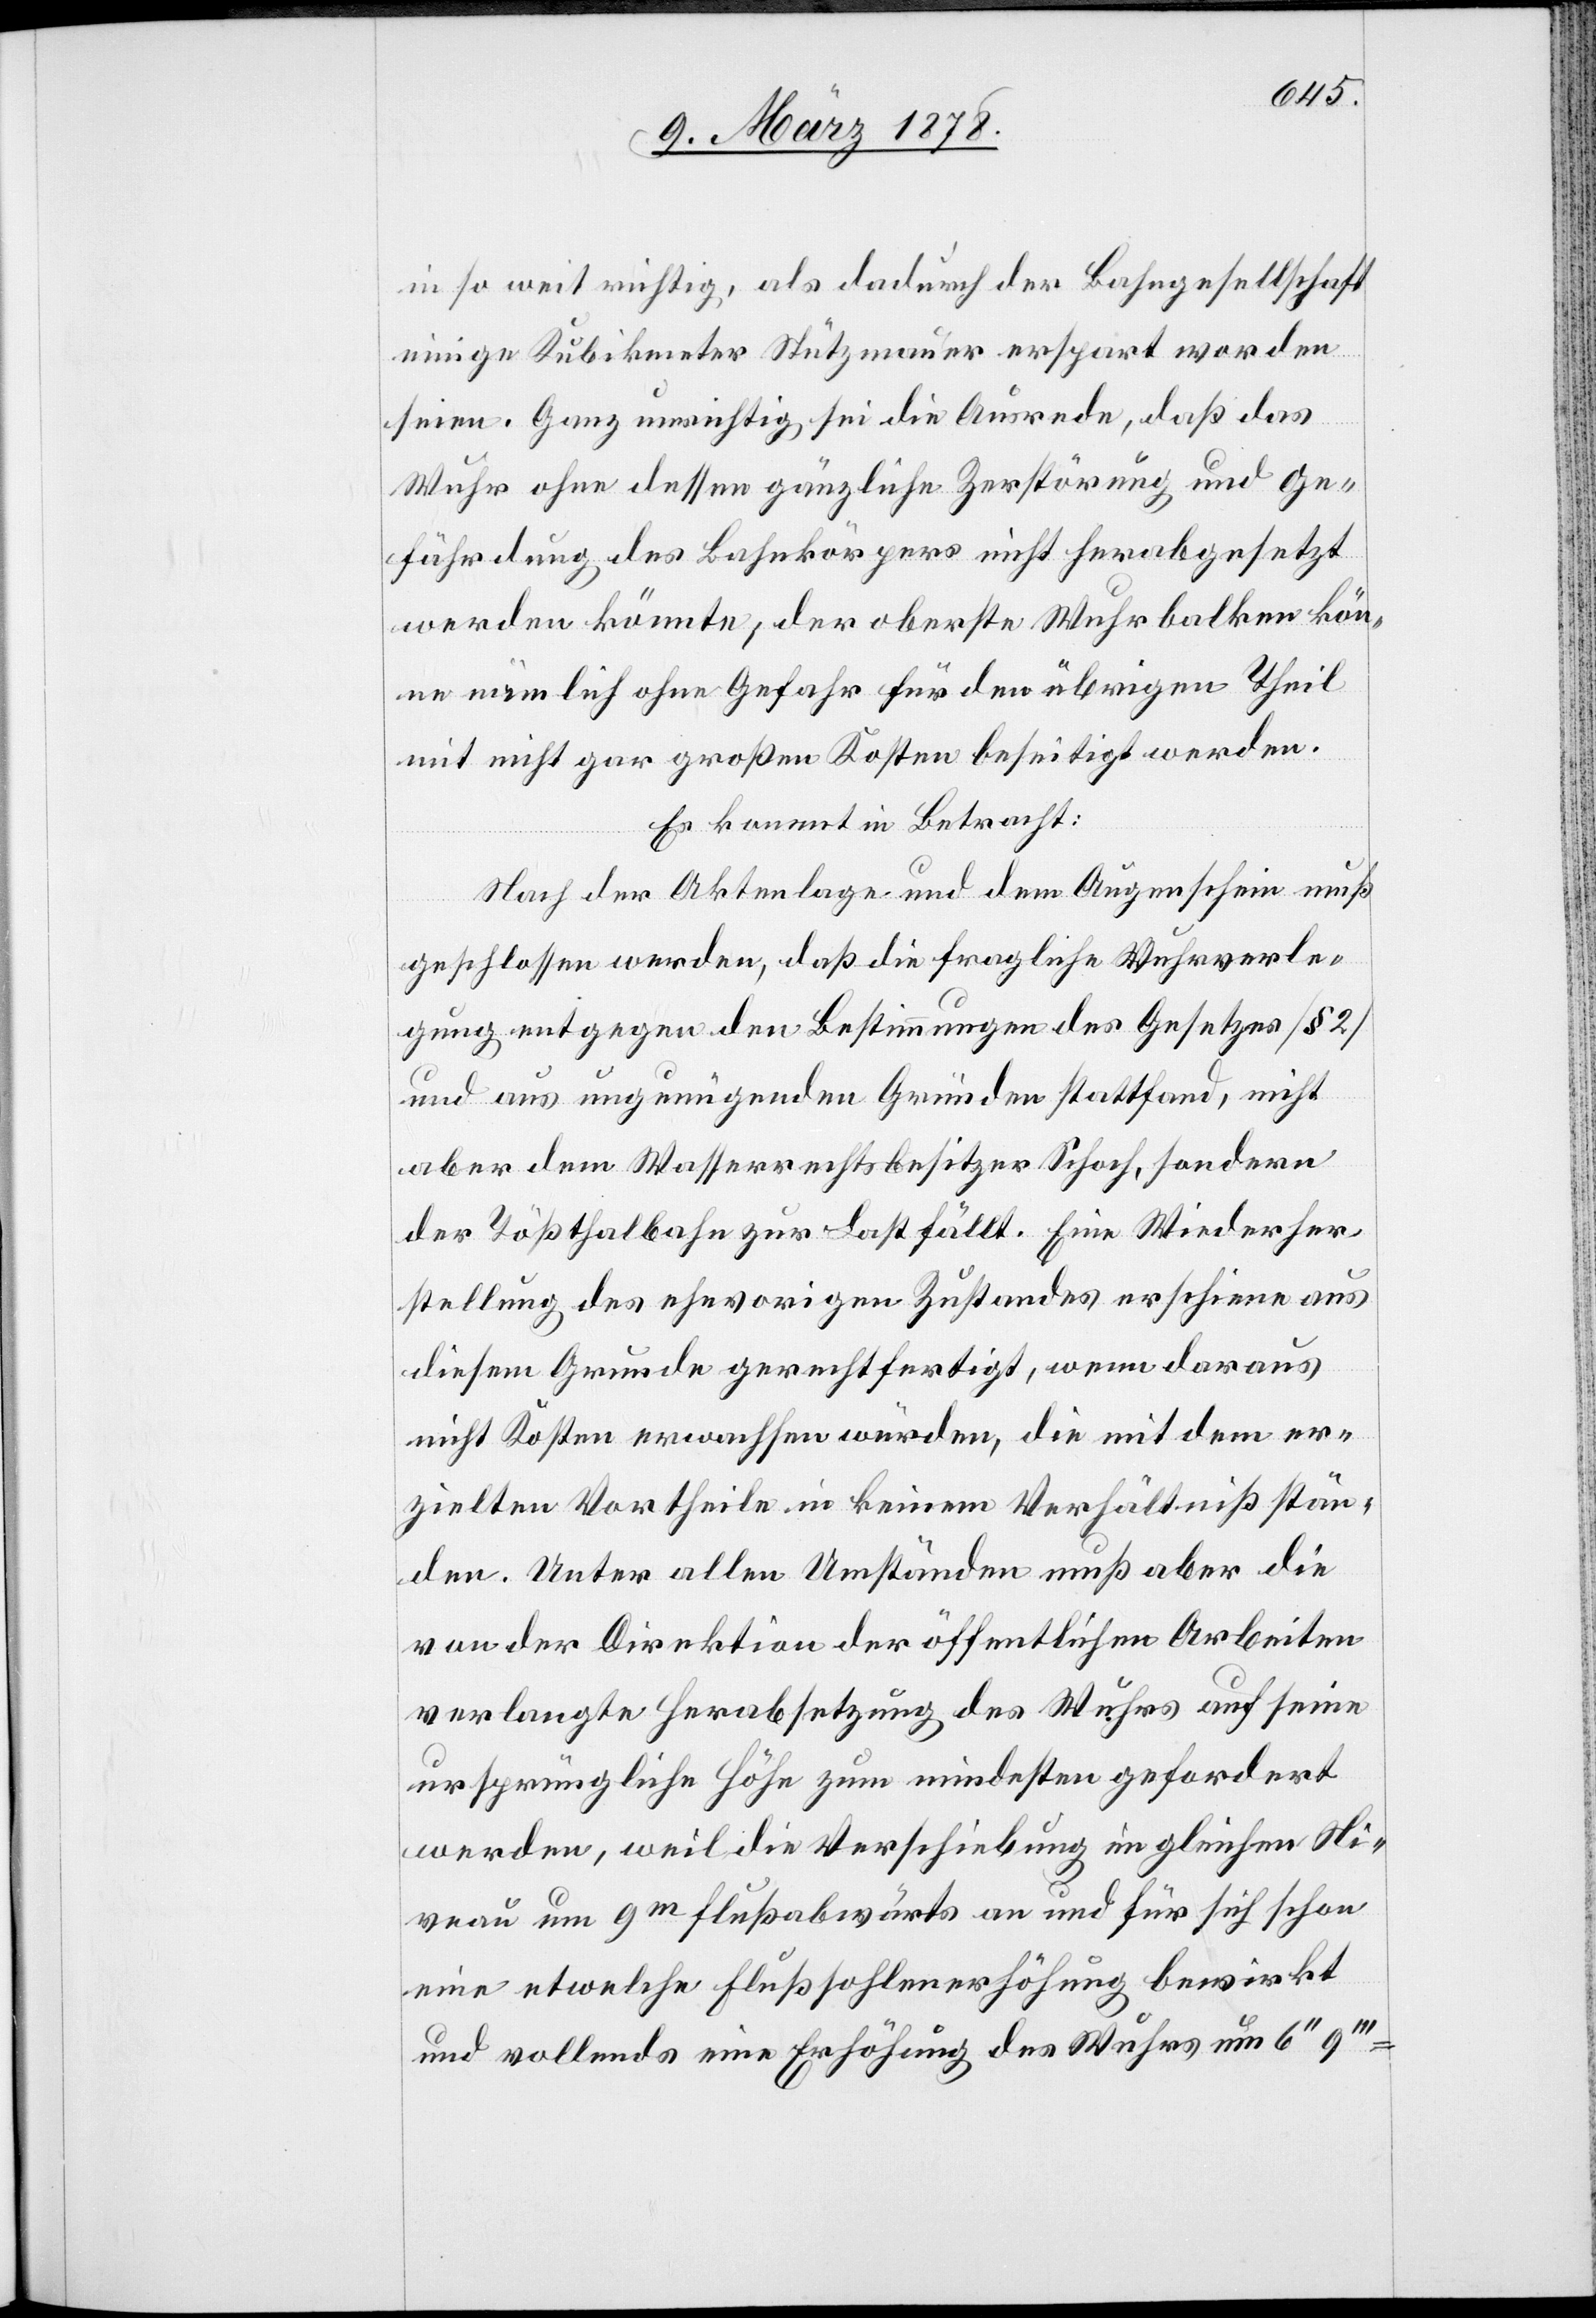
in so weit richtig, als dadurch der Bahngesellschaft
einige Kubikmeter Stützmauer erspart worden
seien. Ganz unrichtig sei die Ausrede, daß das
Wuhr ohne dessen gänzliche Zerstörung und Ge¬
fährdung des Bahnkörpers nicht herabgesetzt
werden könnte, der oberste Wuhrbalken kön¬
ne nämlich ohne Gefahr für den übrigen Theil
mit nicht gar großen Kosten beseitigt werden.
Es kommt in Betracht:
Nach der Aktenlage und dem Augenschein muß
geschlossen werden, daß die fragliche Wuhrverle¬
gung entgegen den Bestimmungen des Gesetzes (§ 2)
und aus ungenügenden Gründen stattfand, nicht
aber dem Wasserrechtsbesitzer Schoch, sondern
der Tößthalbahn zur Last fällt. Eine Wiederher¬
stellung des ehevorigen Zustandes erschiene aus
diesem Grunde gerechtfertigt, wenn daraus
nicht Kosten erwachsen würden, die mit dem er¬
zielten Vortheile in keinem Verhältniß stän¬
den. Unter allen Umständen muß aber die
von der Direktion der öffentlichen Arbeiten
verlangte Herabsetzung des Wuhrs auf seine
ursprüngliche Höhe zum mindesten gefordert
werden, weil die Verschiebung im gleichen Ni¬
veau um 9m flussabwärts an und für sich schon
eine etwelche Flußsohlenerhöhung bewirkt
und vollends eine Erhöhung des Wuhrs um 6’’